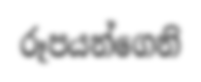
රූපයන්ගෙනි